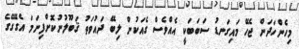
މިހެންހަދަން ޖެހޭ މައިގަނޑު ސަބަބަކީ އެއްވެސް ގެއަކުން ލިބޭ ދައުވަތު ޤަބޫލުނުކޮށްފިނަމަ އެގޭގޭގެ